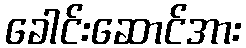
ခေါင်းဆောင်အား